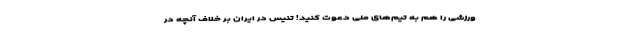
ورزشی را هم به تیم‌های ملی دعوت کنید! تنیس در ایران بر خلاف آنچه در